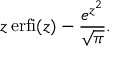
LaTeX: z \operatorname { e r f i } ( z ) - { \frac { e ^ { z ^ { 2 } } } { \sqrt { \pi } } } .